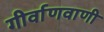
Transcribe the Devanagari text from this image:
गीर्वाणवाणी